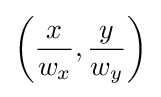
\left({x \over w_{x}},{y \over w_{y}}\right)